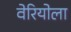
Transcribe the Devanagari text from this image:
वेरियोला